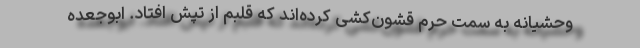
وحشیانه به سمت حرم قُشون‌کشی کرده‌اند که قلبم از تپش افتاد. ابوجعده